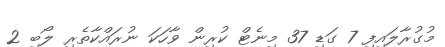
މުގުރާލައިފި 7 ގަޑި 37 މިނެޓް ކުރިން ވާހަކަ ނުރައްްކާާތެރި ލޯބި 2